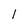
Character: 1